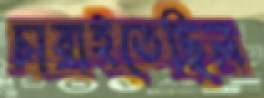
চারাইতেছিল